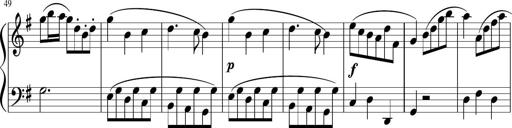
Title: 12 Keyboard Sonatinas
Composer: James Hook